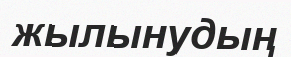
жылынудың